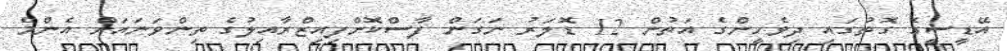
އޭޑީސީގެ ގޮތުގައި ދިވެހީންގެ އަތުން 12 ޑޮލަރު ނަގަން ފާސްކޮށްފިއިޒްރާއިލުގެ ތިންވަނައަށް އެންމެ